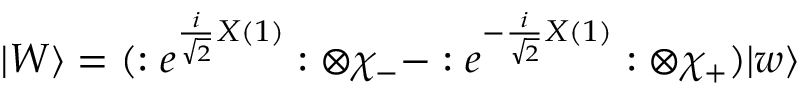
| W \rangle = ( : e ^ { \frac { i } { \sqrt { 2 } } X ( 1 ) } : \otimes \chi _ { - } - : e ^ { - \frac { i } { \sqrt { 2 } } X ( 1 ) } : \otimes \chi _ { + } ) | w \rangle